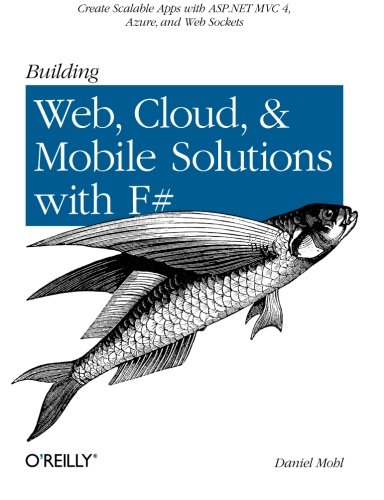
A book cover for Building Web, Cloud, and Mobile Solutions with F#; Daniel Mohl; Computers & Technology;